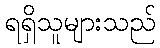
ရရှိသူများသည်